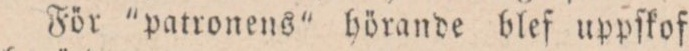
För “patronens” hörande blef uppſkof